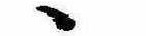
ゝ